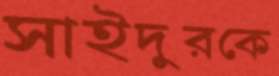
সাইদুরকে